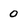
Character: 0